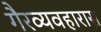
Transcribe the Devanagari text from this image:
गैरव्यवहारास